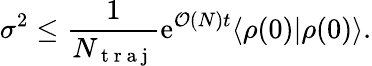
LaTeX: \sigma^{2}\le\frac{1}{N_{\mathrm{~t~r~a~j~}}}\mathrm{e}^{\mathcal{O}(N)t}\langle\rho(0)|\rho(0)\rangle.